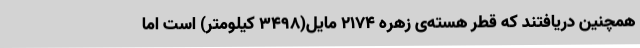
همچنین دریافتند که قطر هسته‌ی زهره ۲۱۷۴ مایل(۳۴۹۸ کیلومتر) است اما